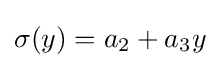
\sigma (y)=a_{2}+a_{3}y